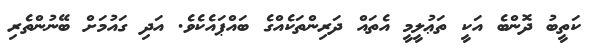
ކަތީބު ދޮންބެ އަކީ ތަޢުލީމީ އެތައް ދަރިންތަކެއްގެ ބައްޕައެކެވެ. އަދި ގައުމަށް ބޭނުންތެރި